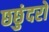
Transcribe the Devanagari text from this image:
छछुंदरों